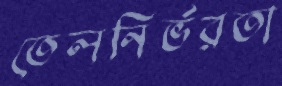
তেলনির্ভরতা